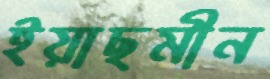
ইয়াছমীন